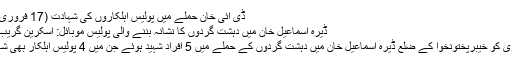
ڈی آئی خان حملے میں پولیس اہلکاروں کی شہادت (17 فروری 2017)
ڈیرہ اسماعیل خان میں دہشت گردوں کا نشانہ بننے والی پولیس موبائل: اسکرین گریب جیونیوز
17 فروری کو خیبرپختونخوا کے ضلع ڈیرہ اسماعیل خان میں دہشت گردوں کے حملے میں 5 افراد شہید ہوئے جن میں 4 پولیس اہلکار بھی شامل تھے۔